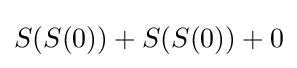
S(S(0))+S(S(0))+0